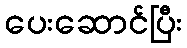
ပေးဆောင်ပြီး